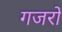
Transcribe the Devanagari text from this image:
गजरों